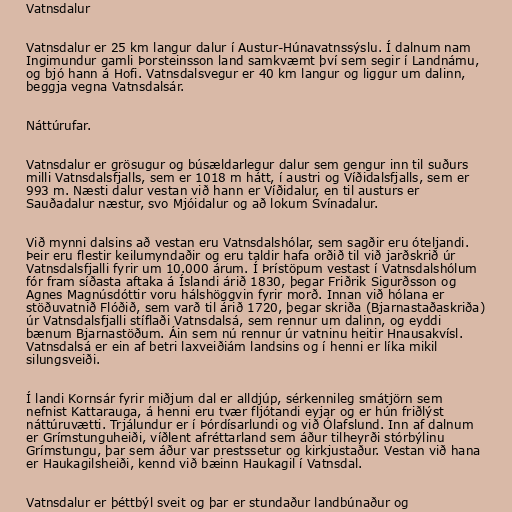
Vatnsdalur

Vatnsdalur er 25 km langur dalur í Austur-Húnavatnssýslu. Í dalnum nam
Ingimundur gamli Þorsteinsson land samkvæmt því sem segir í Landnámu,
og bjó hann á Hofi. Vatnsdalsvegur er 40 km langur og liggur um dalinn,
beggja vegna Vatnsdalsár.

Náttúrufar.

Vatnsdalur er grösugur og búsældarlegur dalur sem gengur inn til suðurs
milli Vatnsdalsfjalls, sem er 1018 m hátt, í austri og Víðidalsfjalls, sem er
993 m. Næsti dalur vestan við hann er Víðidalur, en til austurs er
Sauðadalur næstur, svo Mjóidalur og að lokum Svínadalur.

Við mynni dalsins að vestan eru Vatnsdalshólar, sem sagðir eru óteljandi.
Þeir eru flestir keilumyndaðir og eru taldir hafa orðið til við jarðskrið úr
Vatnsdalsfjalli fyrir um 10.000 árum. Í Þrístöpum vestast í Vatnsdalshólum
fór fram síðasta aftaka á Íslandi árið 1830, þegar Friðrik Sigurðsson og
Agnes Magnúsdóttir voru hálshöggvin fyrir morð. Innan við hólana er
stöðuvatnið Flóðið, sem varð til árið 1720, þegar skriða (Bjarnastaðaskriða)
úr Vatnsdalsfjalli stíflaði Vatnsdalsá, sem rennur um dalinn, og eyddi
bænum Bjarnastöðum. Áin sem nú rennur úr vatninu heitir Hnausakvísl.
Vatnsdalsá er ein af betri laxveiðiám landsins og í henni er líka mikil
silungsveiði.

Í landi Kornsár fyrir miðjum dal er alldjúp, sérkennileg smátjörn sem
nefnist Kattarauga, á henni eru tvær fljótandi eyjar og er hún friðlýst
náttúruvætti. Trjálundur er í Þórdísarlundi og við Ólafslund. Inn af dalnum
er Grímstunguheiði, víðlent afréttarland sem áður tilheyrði stórbýlinu
Grímstungu, þar sem áður var prestssetur og kirkjustaður. Vestan við hana
er Haukagilsheiði, kennd við bæinn Haukagil í Vatnsdal.

Vatnsdalur er þéttbýl sveit og þar er stundaður landbúnaður og